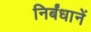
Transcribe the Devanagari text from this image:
निर्बंधानें